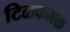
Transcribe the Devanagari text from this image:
टिळकभक्त